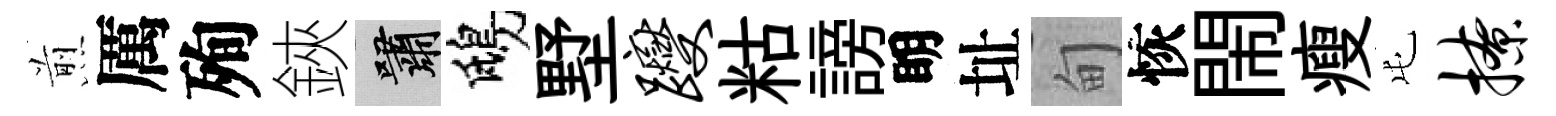
煎厲殉鋏嘯鴟墅躞䊀謗眀址甸恢閙瘦屯撩